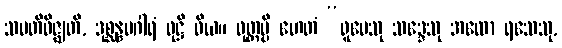
သမတိဝိဇ္ဈတိ, ဒုစ္ဆန္နမဂါရံ ဝုဋ္ဌိ ဝိယ။ ဝုတ္တမ္ပိ ဟေတံ “ရူပေသု သဒ္ဒေသု အထော ရသေသု,